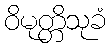
ဝိမုတ္တိသုခံ